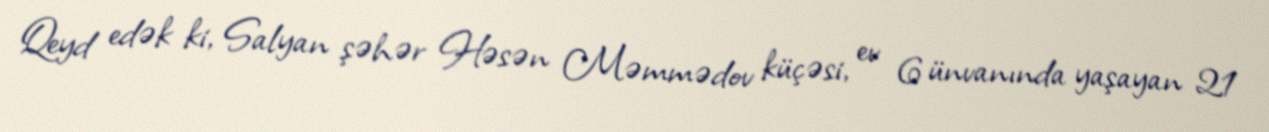
Qeyd edək ki, Salyan şəhər Həsən Məmmədov küçəsi, ev 6 ünvanında yaşayan 21